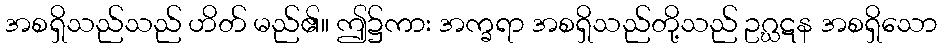
အစရှိသည်သည် ဟိတ် မည်၏။ ဤ၌ကား အက္ခရာ အစရှိသည်တို့သည် ဥဂ္ဃဋန အစရှိသော